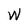
Character: W